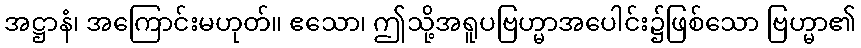
အဋ္ဌာနံ၊ အကြောင်းမဟုတ်။ ဧသော၊ ဤသို့အရူပဗြဟ္မာအပေါင်း၌ဖြစ်သော ဗြဟ္မာ၏